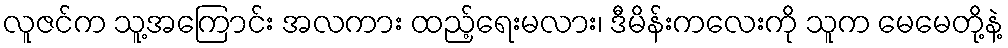
လူဇင်က သူ့အကြောင်း အလကား ထည့်ရေးမလား၊ ဒီမိန်းကလေးကို သူက မေမေတို့နဲ့